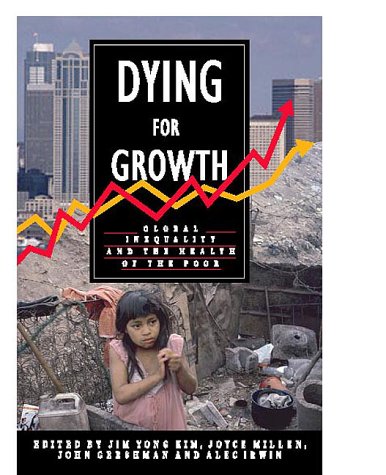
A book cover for Dying For Growth: Global Inequality and the Health of the Poor; Politics & Social Sciences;